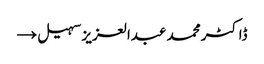
ڈاکٹر محمد عبدالعزیز سہیل →